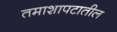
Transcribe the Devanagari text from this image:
तमाशापटातील